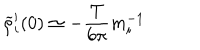
LaTeX: \widetilde { \rho } _ { i } ^ { \prime } ( 0 ) \simeq - { \frac { T } { 6 \pi } } m _ { i } ^ { - 1 }